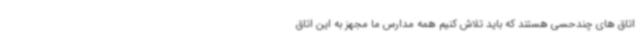
اتاق های چندحسی هستند که باید تلاش کنیم همه مدارس ما مجهز به این اتاق